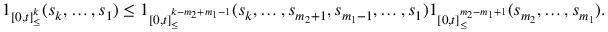
\begin{array} { r } { \boldsymbol { 1 } _ { [ 0 , t ] _ { \leq } ^ { k } } ( s _ { k } , \dots , s _ { 1 } ) \leq \boldsymbol { 1 } _ { [ 0 , t ] _ { \leq } ^ { k - m _ { 2 } + m _ { 1 } - 1 } } ( s _ { k } , \dots , s _ { m _ { 2 } + 1 } , s _ { m _ { 1 } - 1 } , \dots , s _ { 1 } ) \boldsymbol { 1 } _ { [ 0 , t ] _ { \leq } ^ { m _ { 2 } - m _ { 1 } + 1 } } ( s _ { m _ { 2 } } , \dots , s _ { m _ { 1 } } ) . } \end{array}